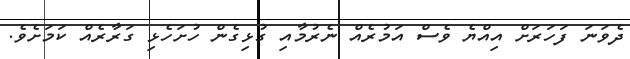
ދެވަނަ ފަހަރަށް އިއްޔެ ވެސް އަމުރެއް ނެރުމާއި ގުޅިގެން ހުށަހެޅި ގަރާރެއް ކަމަށެވެ.